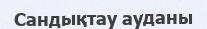
Сандықтау ауданы